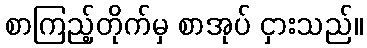
စာကြည့်တိုက်မှ စာအုပ် ငှားသည်။